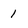
Character: 1